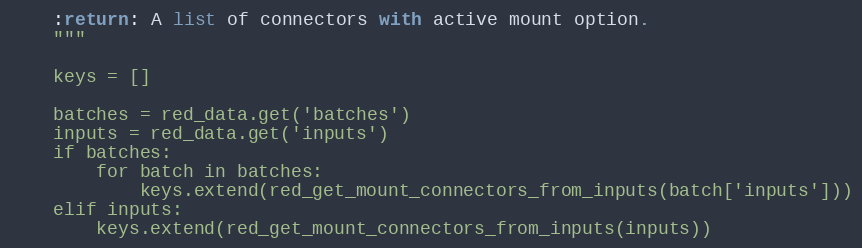
Language: Python
    :return: A list of connectors with active mount option.
    """

    keys = []

    batches = red_data.get('batches')
    inputs = red_data.get('inputs')
    if batches:
        for batch in batches:
            keys.extend(red_get_mount_connectors_from_inputs(batch['inputs']))
    elif inputs:
        keys.extend(red_get_mount_connectors_from_inputs(inputs))